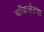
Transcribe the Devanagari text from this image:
चॉकलेटचा